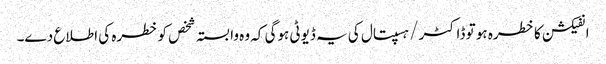
انفیکشن کا خطرہ ہو تو ڈاکٹر / ہسپتال کی یہ ڈیوٹی ہوگی کہ وہ وابستہ شخص کو خطرہ کی اطلاع دے۔